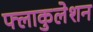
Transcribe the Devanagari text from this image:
फ्लाकुलेशन